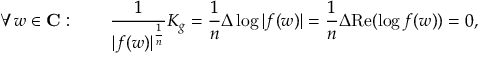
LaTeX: \forall w \in \mathbf { C } : \qquad { \frac { 1 } { | f ( w ) | ^ { \frac { 1 } { n } } } } K _ { g } = { \frac { 1 } { n } } \Delta \log | f ( w ) | = { \frac { 1 } { n } } \Delta { \mathrm { R e } } ( \log f ( w ) ) = 0 ,